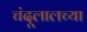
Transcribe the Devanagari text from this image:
चंदूलालच्या